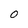
Character: 0